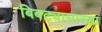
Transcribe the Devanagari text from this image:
बिबट्यासारखा